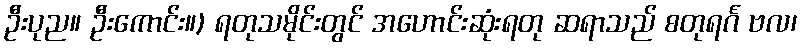
ဦးပုည။ ဦးကောင်း။) ရတုသမိုင်းတွင် အဟောင်းဆုံးရတု ဆရာသည် စတုရင်္ဂ ဗလ၊